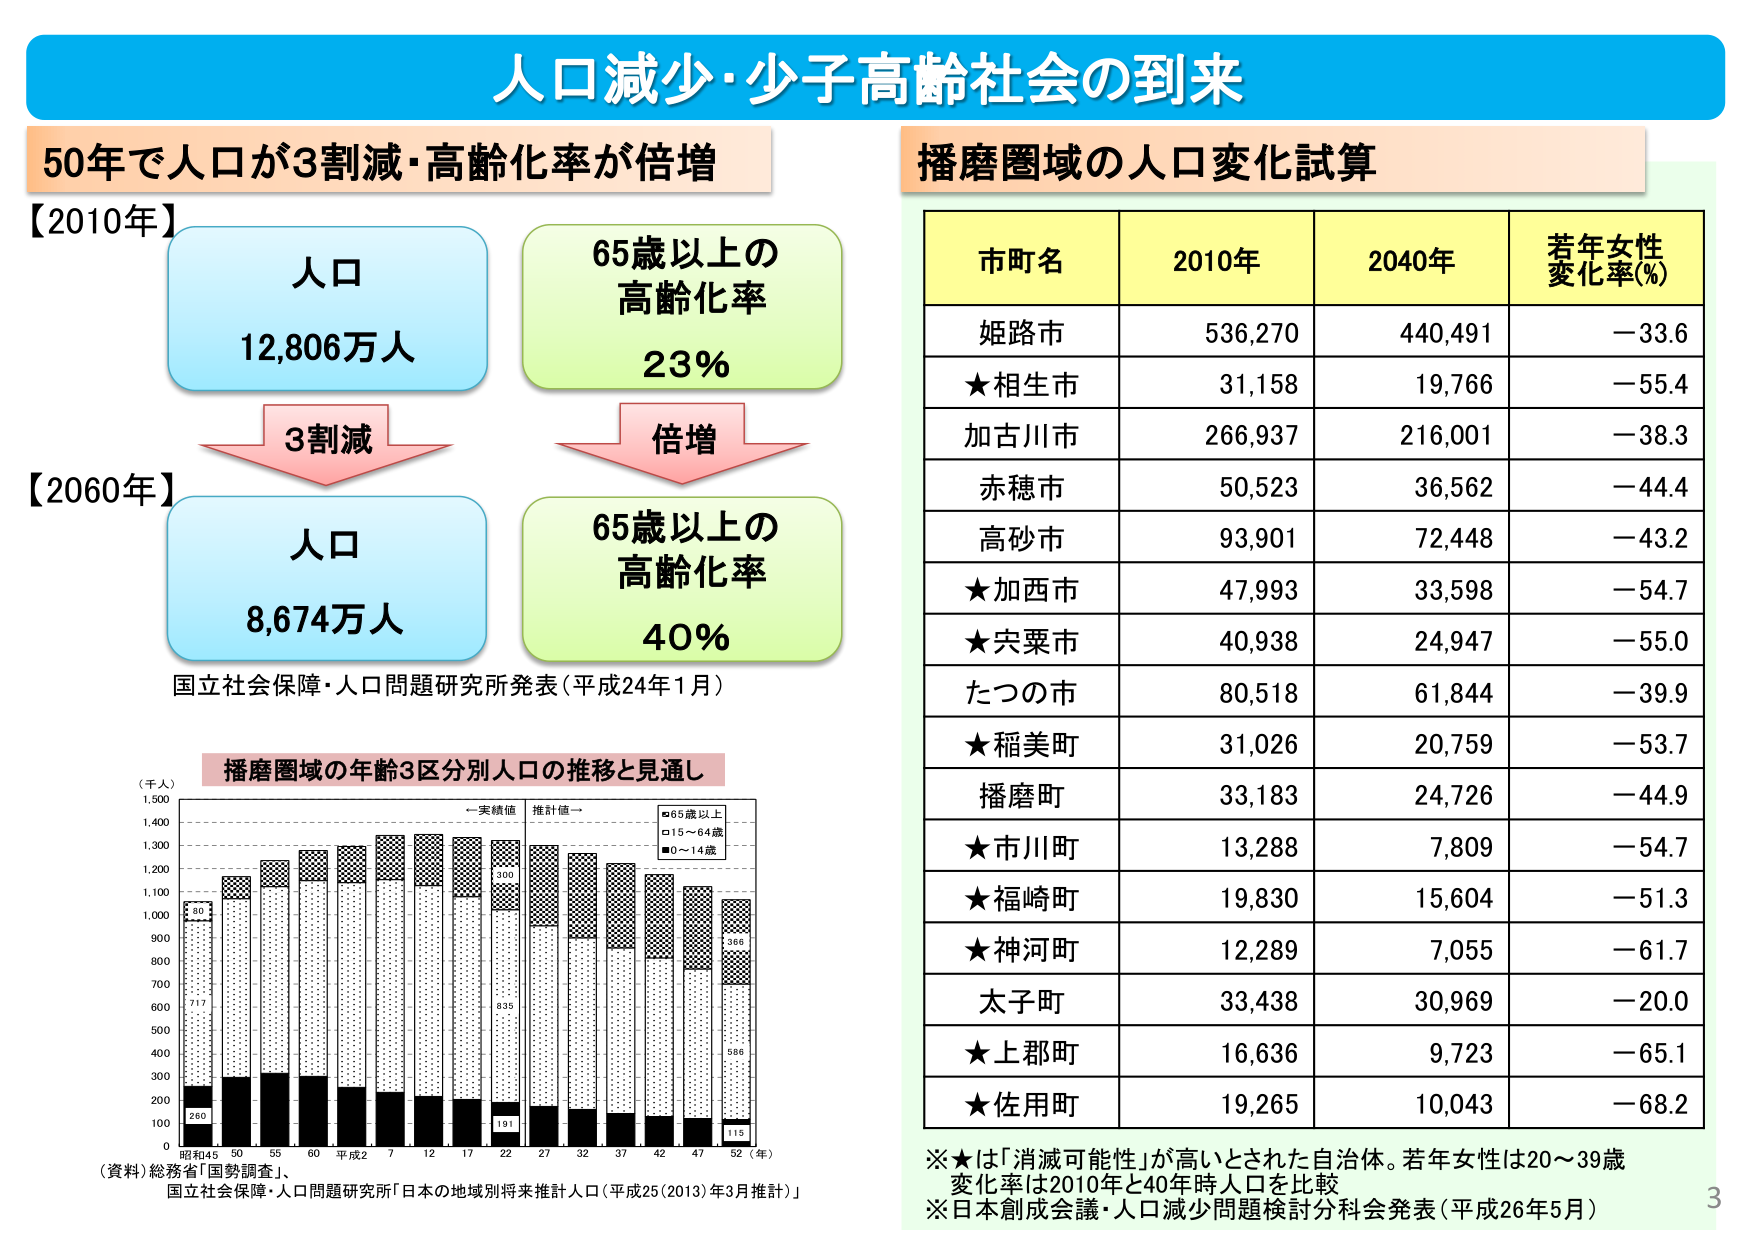
人口減少・少子高齢社会の到来

50年で人口が3割減・高齢化率が倍増

【2010年】
人口
12,806万人

65歳以上の
高齢化率
23%

3割減

【2060年】
人口
8,674万人

65歳以上の
高齢化率
40%

倍増

国立社会保障・人口問題研究所発表（平成24年1月）

播磨圏域の人口変化試算

市町名　　2010年　　2040年　　若年女性
　　　　　　　　　　　　　　変化率(%)

姫路市　　　536,270　　440,491　　－33.6
★相生市　　　31,158　　19,766　　－55.4
加古川市　　266,937　　216,001　　－38.3
赤穂市　　　50,523　　36,562　　－44.4
高砂市　　　93,901　　72,448　　－43.2
★加西市　　　47,993　　33,598　　－54.7
★宍粟市　　　40,938　　24,947　　－55.0
たつの市　　80,518　　61,844　　－39.9
★稲美町　　　31,026　　20,759　　－53.7
播磨町　　　33,183　　24,726　　－44.9
★市川町　　　13,288　　7,809　　－54.7
★福崎町　　　19,830　　15,604　　－51.3
★神河町　　　12,289　　7,055　　－61.7
太子町　　　33,438　　30,969　　－20.0
★上郡町　　　16,636　　9,723　　－65.1
★佐用町　　　19,265　　10,043　　－68.2

※★は「消滅可能性」が高いとされた自治体。若年女性は20～39歳
　変化率は2010年と40年時人口を比較
※日本創成会議・人口減少問題検討分科会発表（平成26年5月）

播磨圏域の年齢3区分別人口の推移と見通し

（千人）
1,500
1,400
1,300
1,200
1,100
1,000
900
800
700
600
500
400
300
200
100
0

昭和45　50　55　60　平成2　7　12　17　22　27　32　37　42　47　52（年）

■実績値　■推計値
■65歳以上
□15～64歳
■0～14歳

260
117
80
191
835
896
586
366
115

（資料）総務省「国勢調査」、
国立社会保障・人口問題研究所「日本の地域別将来推計人口（平成25（2013）年3月推計）」

3